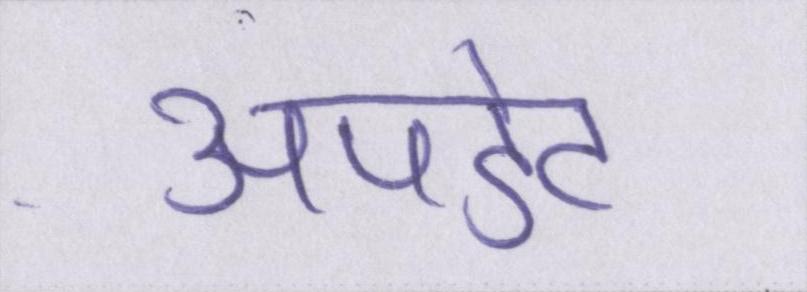
अपडेट